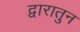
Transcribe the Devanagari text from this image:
द्वारातुन